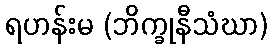
ရဟန်းမ (ဘိက္ခုနီသံဃာ)